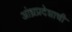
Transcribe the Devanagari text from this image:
आंध्रप्रदेशाची